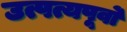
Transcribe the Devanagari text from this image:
उत्पत्यपूर्वो